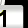
Digit: 1